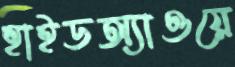
হাইডঅ্যাওয়ে